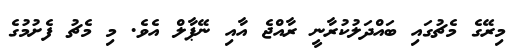
މިރޭގެ މެޗުގައި ބައްދަލުކުރާނީ ރާއްޖެ އާއި ނޭޕާލް އެވެ. މި މެޗު ފެށުމުގެ